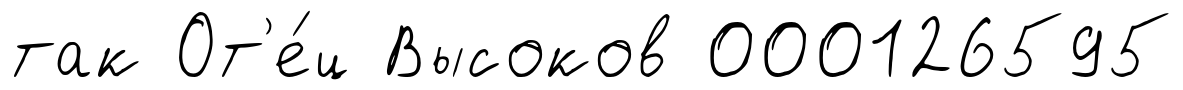
так От'е́ц Высоков 000126595